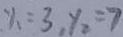
y _ { 1 } = 3 , y _ { 2 } = 7